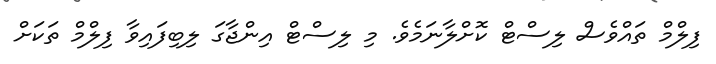
ފިލްމް ތައްވެސް ލިސްޓް ކޮށްލާނަމެވެ. މި ލިސްޓް އިންޖާގަ ލިބިފައިވާ ފިލްމް ތަކަށް